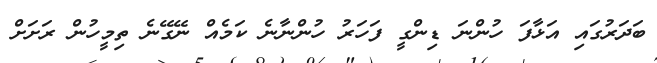
ބަދަރުގައި އަޅާފަ ހުންނަ ޑިންގީ ފަހަރު ހުންނާނެ ކަމެއް ނޭގޭނެ ތިމީހުން ރަށަށް